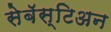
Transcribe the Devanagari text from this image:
सेबॅस्टिअन